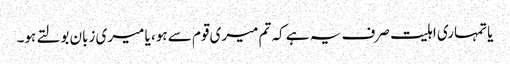
یا تمہاری اہلیت صرف یہ ہے کہ تم میری قوم سے ہو، یا میری زبان بولتے ہو۔